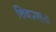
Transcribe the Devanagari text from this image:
शिवप्रशाद